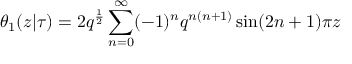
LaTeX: \theta _ { 1 } ( z | \tau ) = 2 q ^ { \frac { 1 } { 2 } } \sum _ { n = 0 } ^ { \infty } ( - 1 ) ^ { n } q ^ { n ( n + 1 ) } \sin ( 2 n + 1 ) \pi z